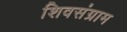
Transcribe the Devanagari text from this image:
शिवसंग्राम